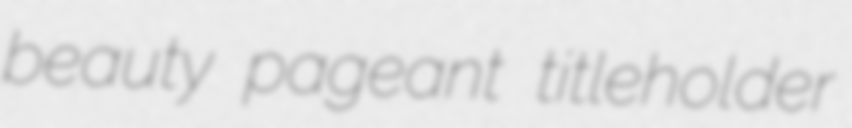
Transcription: beauty pageant titleholder